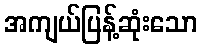
အကျယ်ပြန့်ဆုံးသော